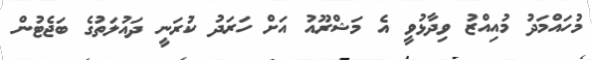
މުހައްމަދު މުއިއްޒު ވިދާޅުވީ އެ މަޝްރޫއު އަށް ހަރަދު ކުރަނީ ދައުލަތުގެ ބަޖެޓުން